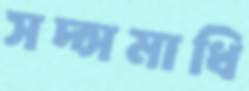
সদ্সমাধি